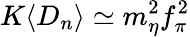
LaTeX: K\langle D_{n}\rangle\simeq m_{\eta}^{2}f_{\pi}^{2}